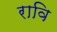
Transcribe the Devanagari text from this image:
रावि